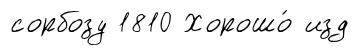
сорбозу 1810 Хорошо́ изд